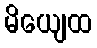
မိယျေထ